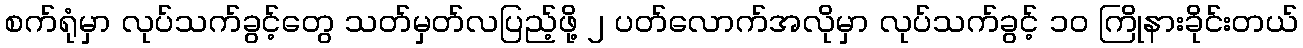
စက်ရုံမှာ လုပ်သက်ခွင့်တွေ သတ်မှတ်လပြည့်ဖို့ ၂ ပတ်လောက်အလိုမှာ လုပ်သက်ခွင့် ၁၀ ကြိုနားခိုင်းတယ်